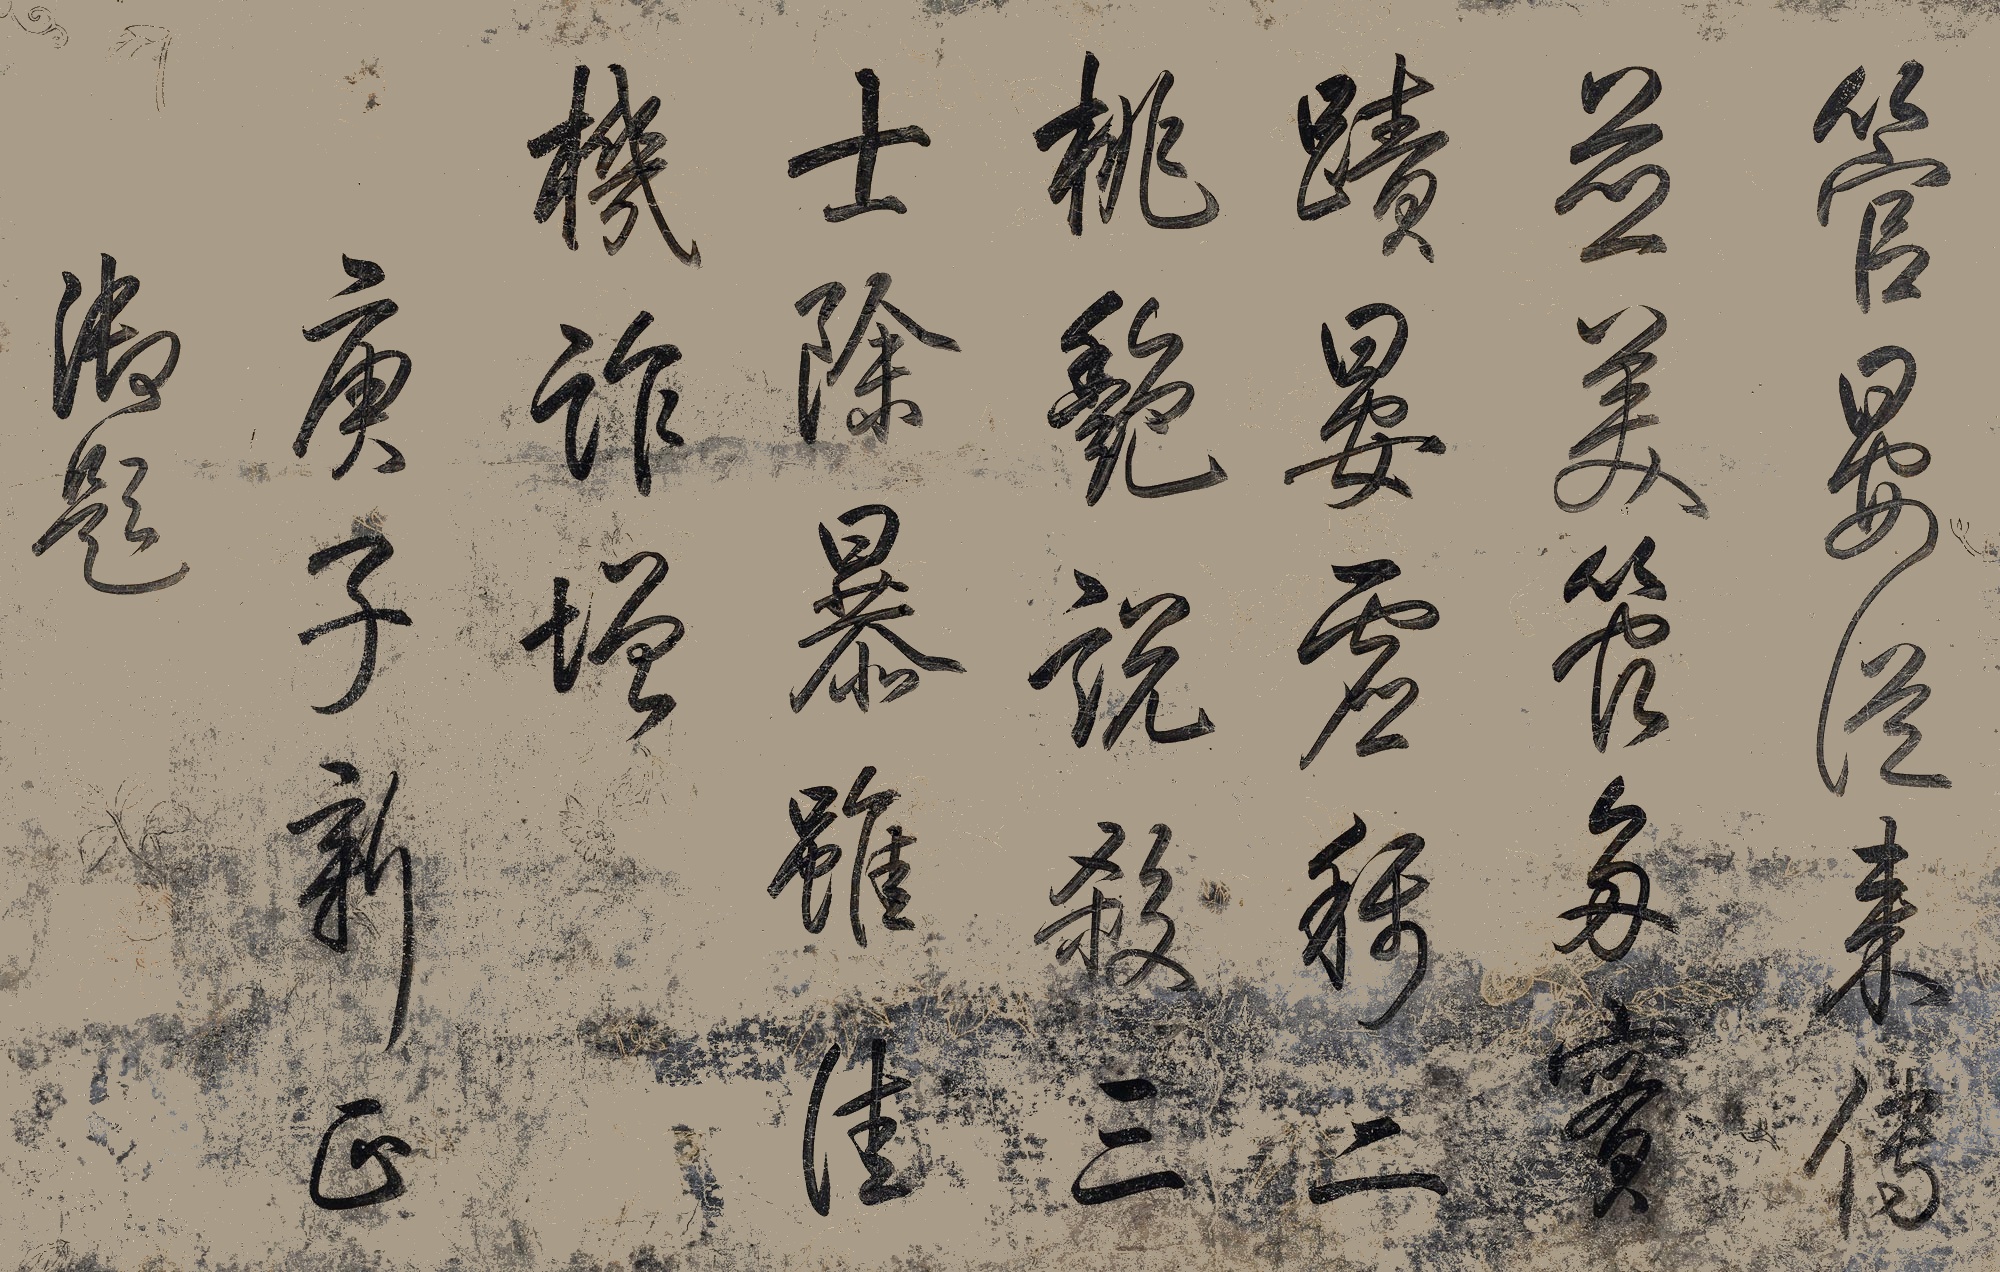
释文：管晏从来传并美，管多实迹晏虚称。二桃艳说杀三士，除暴虽佳机诈增。庚子新正。御题。